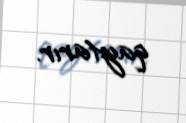
qaytarır.